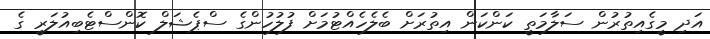
އަދި މީގެއިތުރުން ސަލާމަތީ ކަންކަން އިތުރަށް ބެލެހެއްޓުމަށް ފުލުހުންގެ ސްޕެޝަލް ކޮންސްޓެބިއުލަރީ ގެ